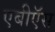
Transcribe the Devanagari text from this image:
एबीऍस